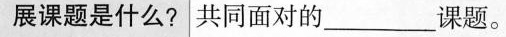
展课题是什么? 共同面对的___课题。